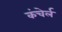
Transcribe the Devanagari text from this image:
कंचेर्ल